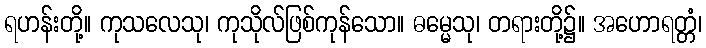
ရဟန်းတို့။ ကုသလေသု၊ ကုသိုလ်ဖြစ်ကုန်သော။ ဓမ္မေသု၊ တရားတို့၌။ အဟောရတ္တံ၊